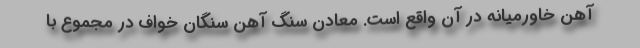
آهن خاورمیانه در آن واقع است. معادن سنگ آهن سنگان خواف در مجموع با